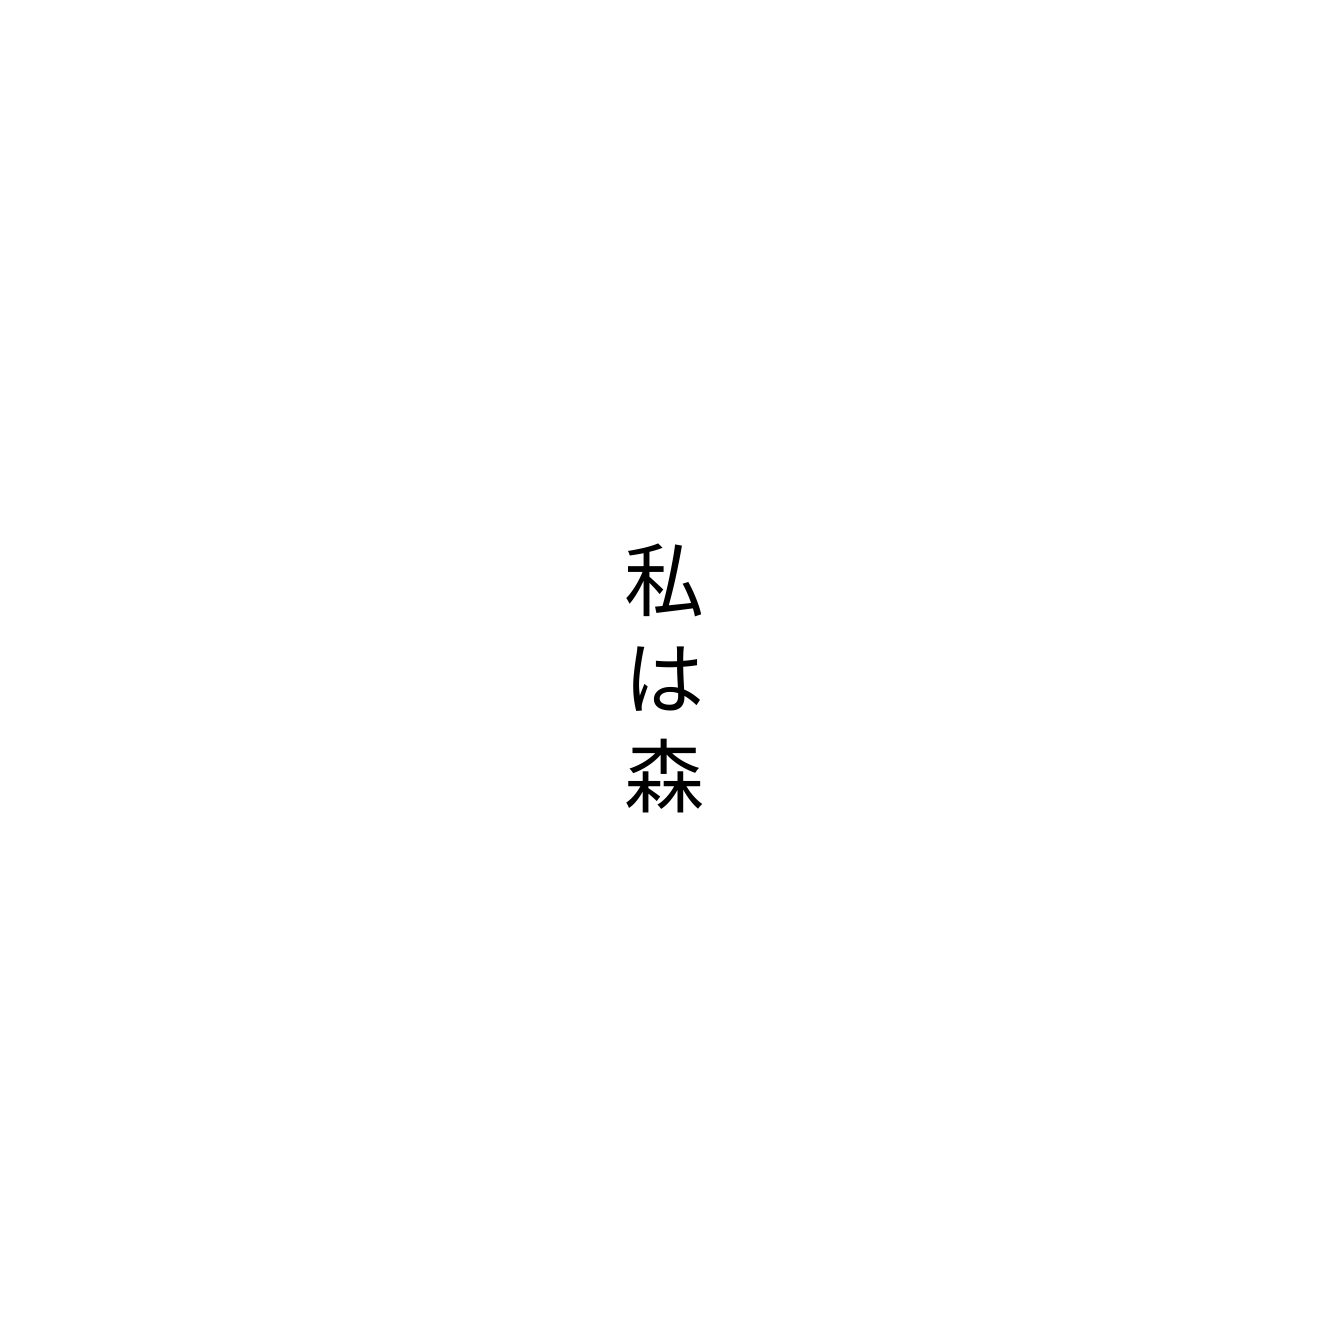
私は森